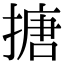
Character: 搪